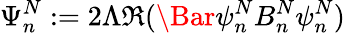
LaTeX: \Psi_{n}^{N}:=2\Lambda\Re(\Bar{\psi_{n}^{N}}B_{n}^{N}\psi_{n}^{N})